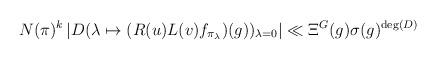
LaTeX: \begin{align*}\displaystyle N(\pi)^k\left\lvert D(\lambda\mapsto (R(u)L(v)f_{\pi_\lambda})(g))_{\lambda=0}\right\rvert\ll \Xi^G(g)\sigma(g)^{\deg(D)}\end{align*}